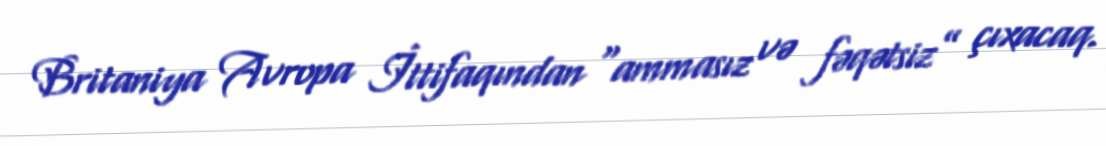
Britaniya Avropa İttifaqından “ammasız və fəqətsiz” çıxacaq.